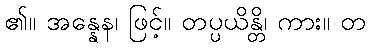
၏။ အန္နေန၊ ဖြင့်။ တပ္ပယိန္တိ၊ ကား။ တ